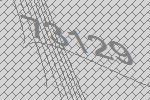
73129